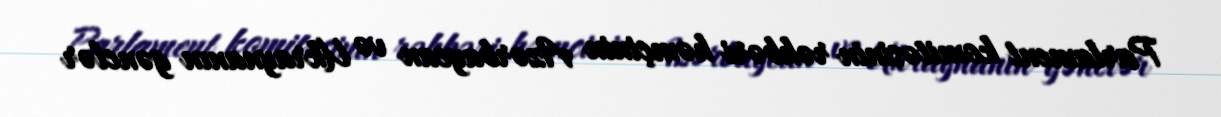
Parlament komitəsinin rəhbəri həmçinin Azərbaycan və Ukraynanın gənclər